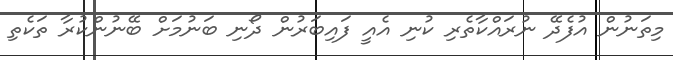
މިތަނުން އުފެދޭ ނުރައްކާތެރި ކުނި އެއީ ފައިބަރުން ދޯނި ބަނުމަށް ބޭނުންކުރާ ތަކެތި